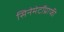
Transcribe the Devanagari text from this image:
सिनेमेटॉग्राफी